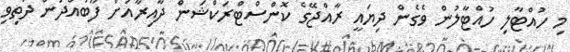
މި ހުއްޓާލި ހުއްޓާލުން ވެގެން ދިޔައީ ރާއްޖޭގެ ކޮންސްޓްރަކްޝަން ދާއިރާއަށް ފޫބައްދަން ދަތިވި